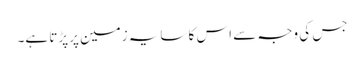
جس کی وجہ سے اس کا سایہ زمین پرپڑتا ہے۔